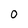
Character: 0